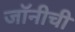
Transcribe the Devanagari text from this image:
जॉनीची